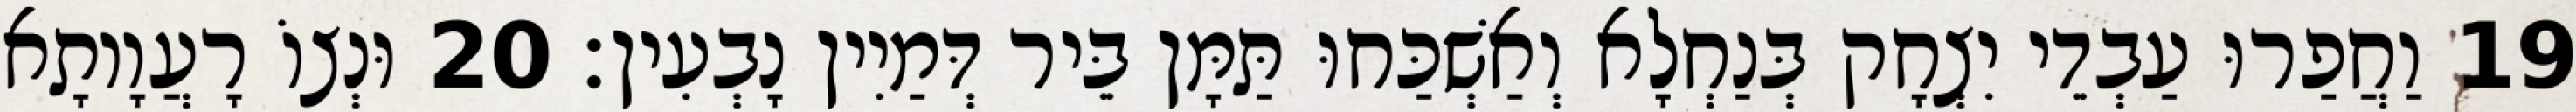
19 וַחֲפַרוּ עַבְדֵי יִצְחָק בְּנַחְלָא וְאַשְׁכַּחוּ תַּמָּן בֵּיר דְּמַיִין נָבְעִין׃ 20 וּנְצוֹ רָעֲוָותָא